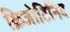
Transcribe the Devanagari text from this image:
क्रिजोटिनिब